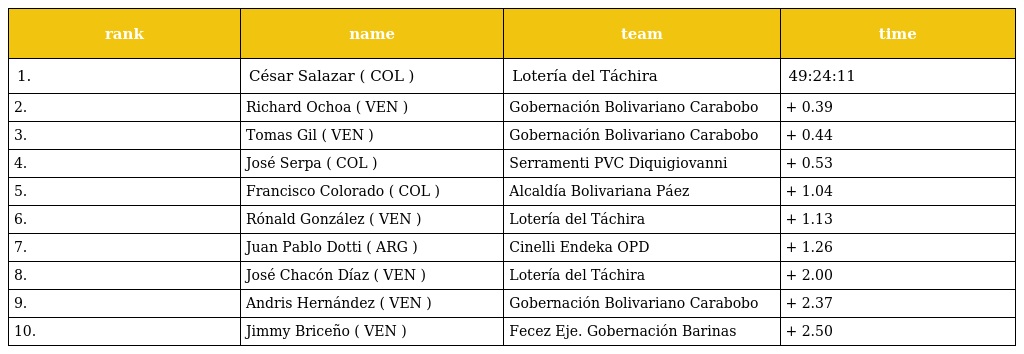
| rank | name | team | time |
 | --- | --- | --- | --- |
 | 1. | César Salazar ( COL ) | Lotería del Táchira | 49:24:11 |
 | 2. | Richard Ochoa ( VEN ) | Gobernación Bolivariano Carabobo | + 0.39 |
 | 3. | Tomas Gil ( VEN ) | Gobernación Bolivariano Carabobo | + 0.44 |
 | 4. | José Serpa ( COL ) | Serramenti PVC Diquigiovanni | + 0.53 |
 | 5. | Francisco Colorado ( COL ) | Alcaldía Bolivariana Páez | + 1.04 |
 | 6. | Rónald González ( VEN ) | Lotería del Táchira | + 1.13 |
 | 7. | Juan Pablo Dotti ( ARG ) | Cinelli Endeka OPD | + 1.26 |
 | 8. | José Chacón Díaz ( VEN ) | Lotería del Táchira | + 2.00 |
 | 9. | Andris Hernández ( VEN ) | Gobernación Bolivariano Carabobo | + 2.37 |
 | 10. | Jimmy Briceño ( VEN ) | Fecez Eje. Gobernación Barinas | + 2.50 |